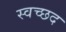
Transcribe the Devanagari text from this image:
स्वच्छद